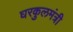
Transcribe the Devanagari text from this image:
घरकुलमंत्री